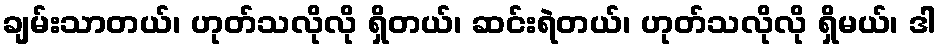
ချမ်းသာတယ်၊ ဟုတ်သလိုလို ရှိတယ်၊ ဆင်းရဲတယ်၊ ဟုတ်သလိုလို ရှိမယ်၊ ဒါ